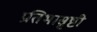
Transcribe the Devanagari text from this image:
प्रतिभासृष्टी